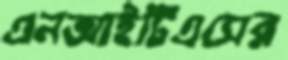
এনআইটিএসের